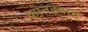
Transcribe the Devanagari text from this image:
कातड्यास